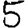
Digit: 5